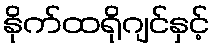
နိုက်ထရိုဂျင်နှင့်